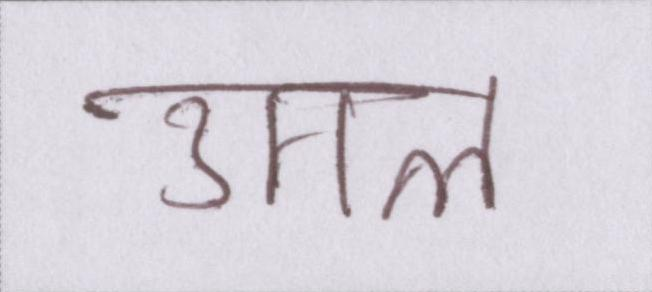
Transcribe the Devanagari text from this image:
उगल